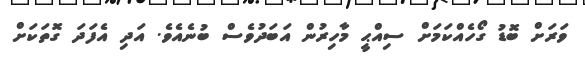
ވަރަށް ބޮޑު ގޯހެއްކަމަށް ސިއްޙީ މާހިރުން އަބަދުވެސް ބުނެއެވެ. އަދި އެފަދަ ގޮތަކަށް